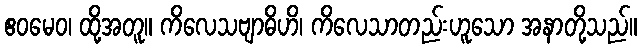
ဧဝမေဝ၊ ထို့အတူ။ ကိလေသဗျာဓိဟိ၊ ကိလေသာတည်းဟူသော အနာတို့သည်။